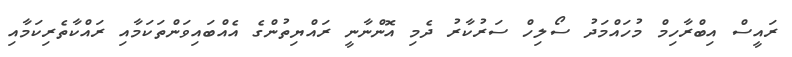
ރައީސް އިބްރާހިމް މުހައްމަދު ސޯލިހް ސަރުކާރު ދެމި އޮންނާނީ ރައްޔިތުންގެ އެއްބައިވަންތަކަމާއި ރައްކާތެރިކަމާއި